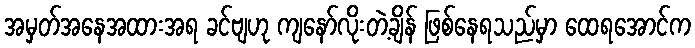
အမှတ်အနေအထားအရ ခင်ဗျဟု ကျနော်လိုးတဲ့ချိန် ဖြစ်နေရသည်မှာ ထေရအောင်က